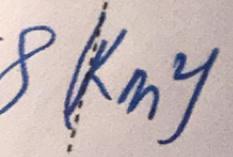
8 ( k m ^ { 2 } )